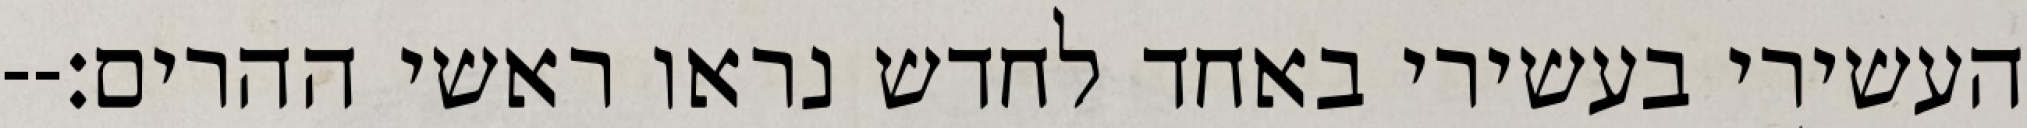
העשירי בעשירי באחד לחדש נראו ראשי ההרים׃--